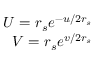
\begin{array} { r } { U = r _ { s } e ^ { - u / 2 r _ { s } } } \\ { V = r _ { s } e ^ { v / 2 r _ { s } } } \end{array}